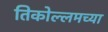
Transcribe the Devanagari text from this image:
तिकोल्लमच्या